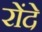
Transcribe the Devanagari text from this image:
रोंदे